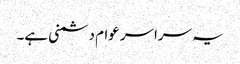
یہ سراسر عوام دشمنی ہے۔